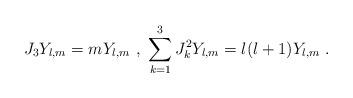
LaTeX: \begin{align*} J_3Y_{l,m}=mY_{l,m} \ , \ \sum_{k=1}^3 J_k^2Y_{l,m} = l(l+1)Y_{l,m} \ . \end{align*}